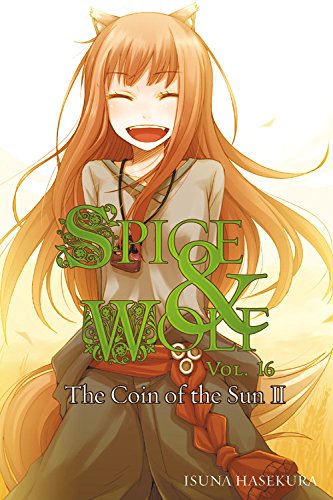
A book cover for Spice and Wolf, Vol. 16: The Coin of the Sun II; Isuna Hasekura; Science Fiction & Fantasy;